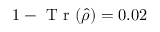
1 - \mathrm { ~ T ~ r ~ } ( \hat { \rho } ) = 0 . 0 2